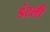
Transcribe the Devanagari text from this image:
डंटली